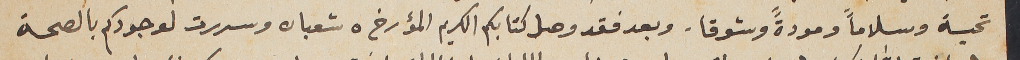
تحية وسلاماً ومودةً وشوقا. وبعد فقد وصل كتابكم الكريم المؤرخ ٥ شعبان وسررت لوجودكم بالصحة